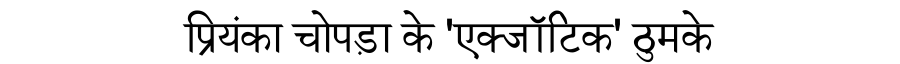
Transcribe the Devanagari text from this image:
प्रियंका चोपड़ा के 'एक्जॉटिक' ठुमके